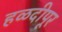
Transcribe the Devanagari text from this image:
हळदीपूर